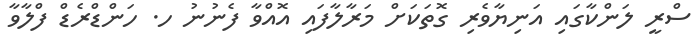
ސްރީ ލަންކާގައި އަނިޔާވެރި ގޮތަކަށް މަރާލާފައި އޮއްވާ ފެނުުނު ހ. ހަންޑްރެޑް ފްލާވާ